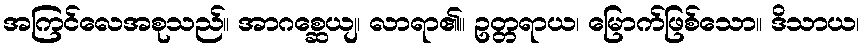
အကြင်လေအစုသည်။ အာဂစ္ဆေယျ၊ လာရာ၏။ ဥတ္တရာယ၊ မြောက်ဖြစ်သော။ ဒိသာယ၊